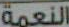
النعمة